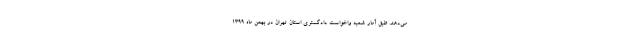
می‌دهد. طبق آمار شعبه واخواست دادگستری استان تهران در بهمن ماه ۱۳۹۹